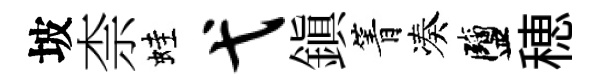
坡柰蛙弋鎮箐凑鹽穂